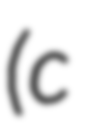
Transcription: (c